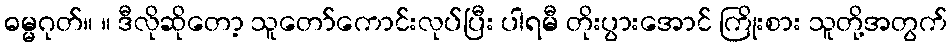
ဓမ္မဂုတ်။ ။ ဒီလိုဆိုတော့ သူတော်ကောင်းလုပ်ပြီး ပါရမီ တိုးပွားအောင် ကြိုးစား သူတို့အတွက်